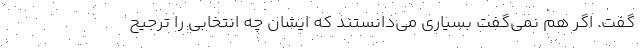
گفت. اگر هم نمی‌گفت بسیاری می‌دانستند که ایشان چه انتخابی را ترجیح